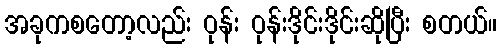
အခုကစတော့လည်း ဝုန်း ဝုန်းဒိုင်းဒိုင်းဆိုပြီး စတယ်။